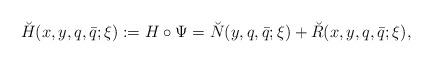
LaTeX: \begin{align*}\breve H(x,y,q,\bar q;\xi):=H\circ\Psi=\breve N(y,q,\bar q;\xi)+ \breve R(x,y,q,\bar q;\xi),\end{align*}